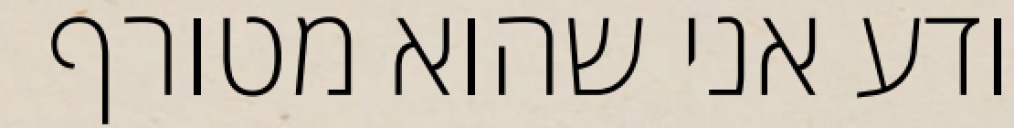
יודע אני שהוא מטורף